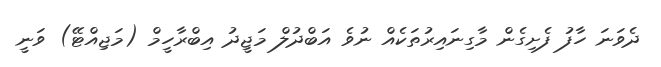
ދެވަނަ ހާފު ފެށިގެން މާގިނައިރުތަކެއް ނުވެ އަބްދުލް މަޖީދު އިބްރާހީމް (މަޖިއްޓޭ) ވަނީ